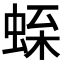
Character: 𧋝